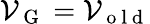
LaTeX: \mathcal{V}_{\mathrm{~G~}}=\mathcal{V}_{\mathrm{~o~l~d~}}